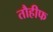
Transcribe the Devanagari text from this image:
तौहीफ